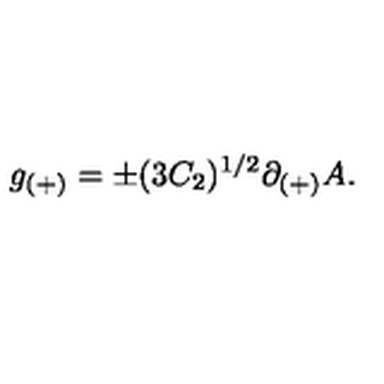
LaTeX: g _ { ( + ) } = \pm ( 3 C _ { 2 } ) ^ { 1 / 2 } \partial _ { ( + ) } A .